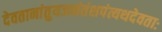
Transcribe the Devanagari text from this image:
देवतानांतुयजनंतंशपंत्यथदेवताः